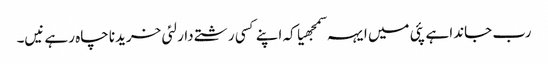
رب جاندا ہے پئی میں ایہہ سمجھیا کہ اپنے کسی رشتے دار لئی خریدنا چاہ رہے نیں۔